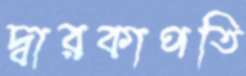
দ্বারকাপতি